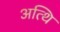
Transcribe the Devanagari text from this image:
अत्थि